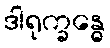
ဒါရုက္ခန္ဓေ